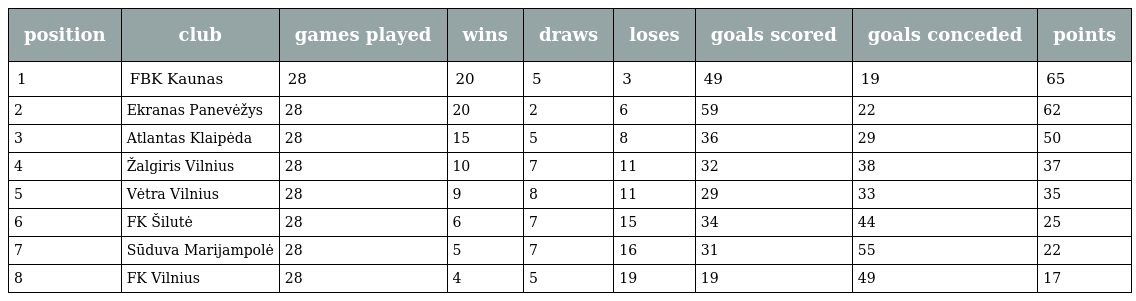
| position | club | games played | wins | draws | loses | goals scored | goals conceded | points |
 | --- | --- | --- | --- | --- | --- | --- | --- | --- |
 | 1 | FBK Kaunas | 28 | 20 | 5 | 3 | 49 | 19 | 65 |
 | 2 | Ekranas Panevėžys | 28 | 20 | 2 | 6 | 59 | 22 | 62 |
 | 3 | Atlantas Klaipėda | 28 | 15 | 5 | 8 | 36 | 29 | 50 |
 | 4 | Žalgiris Vilnius | 28 | 10 | 7 | 11 | 32 | 38 | 37 |
 | 5 | Vėtra Vilnius | 28 | 9 | 8 | 11 | 29 | 33 | 35 |
 | 6 | FK Šilutė | 28 | 6 | 7 | 15 | 34 | 44 | 25 |
 | 7 | Sūduva Marijampolė | 28 | 5 | 7 | 16 | 31 | 55 | 22 |
 | 8 | FK Vilnius | 28 | 4 | 5 | 19 | 19 | 49 | 17 |